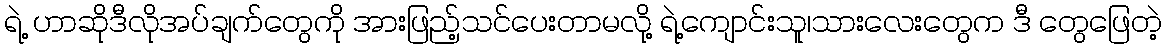
ရဲ့ ဟာဆိုဒီလိုအပ်ချက်တွေကို အားဖြည့်သင်ပေးတာမလို့ ရဲ့ကျောင်းသူ၊သားလေးတွေက ဒီ တွေဖြေတဲ့